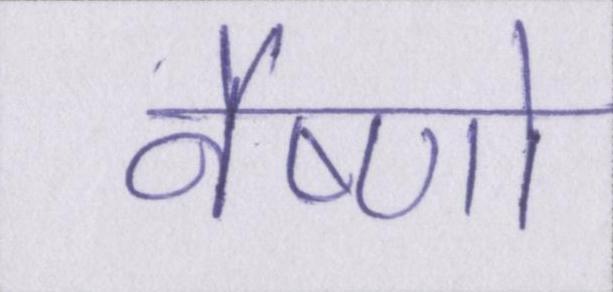
वैष्णो